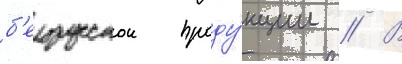
б'елорусскои проду́кции // В